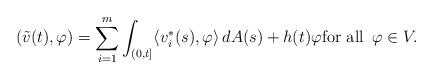
LaTeX: \begin{align*} (\tilde v(t),\varphi) = \sum_{i=1}^m \int_{(0,t]}\langle v^{\ast}_i(s),\varphi\rangle\,dA(s) + h(t)\varphi\textrm{for all }\, \varphi \in V.\end{align*}